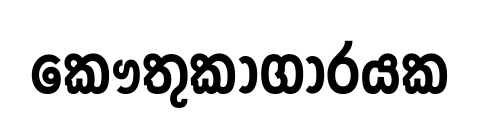
කෞතුකාගාරයක